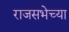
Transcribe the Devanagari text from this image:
राजसभेच्या